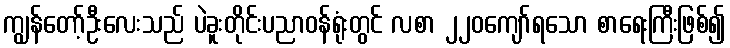
ကျွန်တော့်ဦးလေးသည် ပဲခူးတိုင်းပညာဝန်ရုံးတွင် လစာ ၂၂၀ကျော်ရသော စာရေးကြီးဖြစ်၍